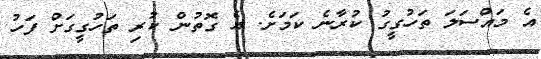
އެ މައްސަލަ ތަހުގީގު ކުރާނެ ކަމަށެ. އެ ގޮތުން ކުރި ތަހުގީގަށް ފަހު